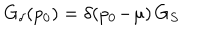
LaTeX: G _ { \delta } ( p _ { 0 } ) = \delta ( p _ { 0 } \! - \! \mu ) \, G _ { S }